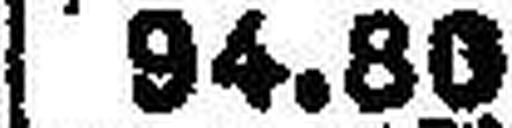
94.80